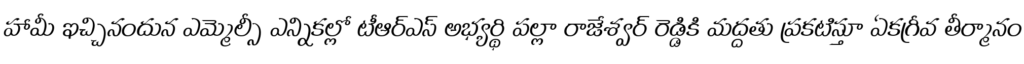
హామీ ఇచ్చినందున ఎమ్మెల్సీ ఎన్నికల్లో టీఆర్ఎస్ అభ్యర్థి పల్లా రాజేశ్వర్ రెడ్డికి మద్దతు ప్రకటిస్తూ ఏకగ్రీవ తీర్మానం